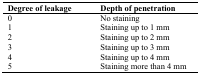
| Degree of leakage | Depth of penetration |
 | --- | --- |
 | 0 | No staining |
 | 1 | Staining up to 1 mm |
 | 2 | Staining up to 2 mm |
 | 3 | Staining up to 3 mm |
 | 4 | Staining up to 4 mm |
 | 5 | Staining more than 4 mm |